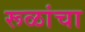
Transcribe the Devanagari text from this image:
रूळांचा